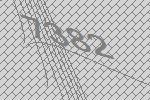
7382